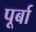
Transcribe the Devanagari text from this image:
पूर्बा